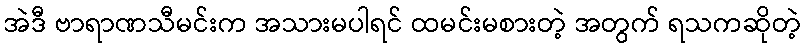
အဲဒီ ဗာရာဏသီမင်းက အသားမပါရင် ထမင်းမစားတဲ့ အတွက် ရသကဆိုတဲ့